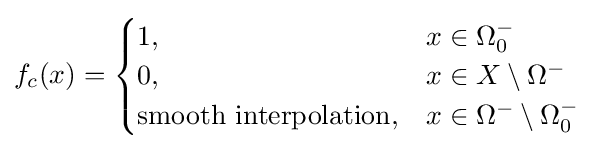
f_{c}(x)={\begin{cases}1,&x\in \Omega _{0}^{-}\\0,&x\in X\setminus \Omega ^{-}\\{\mbox{smooth interpolation}},&x\in \Omega ^{-}\setminus \Omega _{0}^{-}\end{cases}}